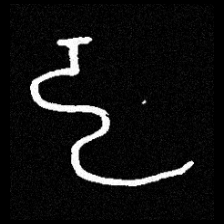
Pyu character \u2014 Myanmar letter: ဠ (romanized: lla)